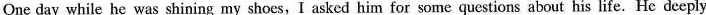
One day while he was shining my shoes, I asked him for some questions about his life. He deeply